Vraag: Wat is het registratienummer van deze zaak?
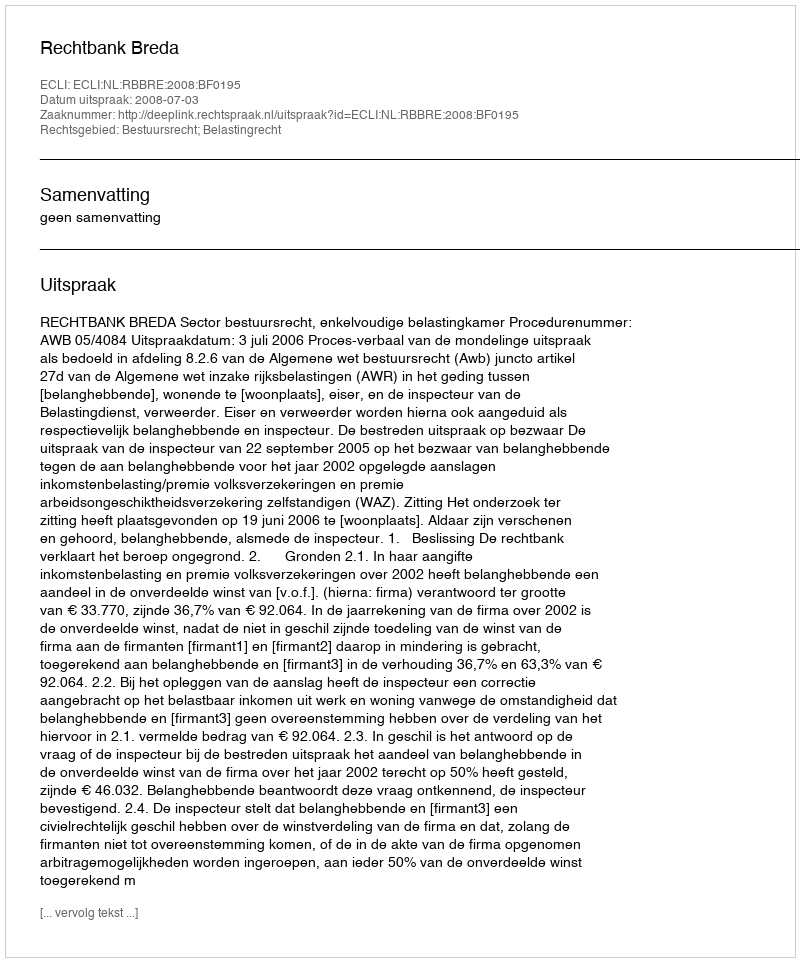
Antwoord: http://deeplink.rechtspraak.nl/uitspraak?id=ECLI:NL:RBBRE:2008:BF0195